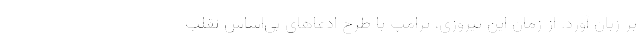
بر زبان آورد. از زمان این پیروزی، ترامپ با طرح ادعاهای بی‌اساس تقلب